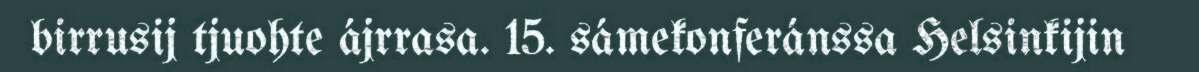
birrusij tjuohte ájrrasa. 15. sámekonferánssa Helsinkijin